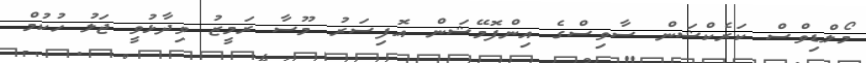
މޯލްޑިވްސް ކަރެކްޝަން ސާވިސްގެ އިންފޮމޭޝަން އޮފިސަރު މޫސާ ރަމީޒު ވިދާޅުވީ ޖަލު ހުކުމް